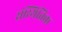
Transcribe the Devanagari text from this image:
संस्थितिक